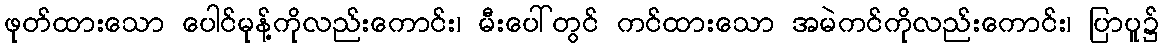
ဖုတ်ထားသော ပေါင်မုန့်ကိုလည်းကောင်း၊ မီးပေါ်တွင် ကင်ထားသော အမဲကင်ကိုလည်းကောင်း၊ ပြာပူ၌